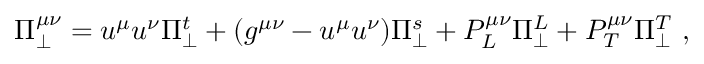
\Pi _ { \perp } ^ { \mu \nu } = u ^ { \mu } u ^ { \nu } \Pi _ { \perp } ^ { t } + ( g ^ { \mu \nu } - u ^ { \mu } u ^ { \nu } ) \Pi _ { \perp } ^ { s } + P _ { L } ^ { \mu \nu } \Pi _ { \perp } ^ { L } + P _ { T } ^ { \mu \nu } \Pi _ { \perp } ^ { T } \ ,